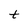
Character: t